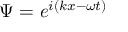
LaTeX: \Psi = e ^ { i ( k x - \omega t ) } \,